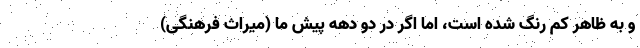
و به ظاهر کم رنگ شده است، اما اگر در دو دهه پیش ما (میراث فرهنگی)